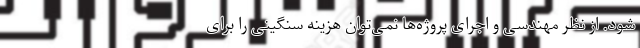
شود. از نظر مهندسی و اجرای پروژه‌ها نمی‌توان هزینه سنگینی را برای